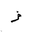
Letter: _dad